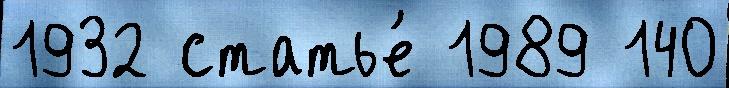
1932 статье́ 1989 140